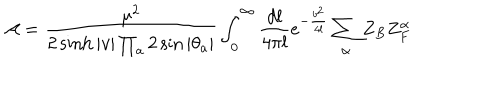
LaTeX: { \cal A } = \frac { \mu ^ { 2 } } { 2 \sinh | v | \prod _ { a } 2 \sin | \theta _ { a } | } \int _ { 0 } ^ { \infty } \frac { d l } { 4 \pi l } e ^ { - \frac { b ^ { 2 } } { 4 l } } \sum _ { \alpha } Z _ { B } Z _ { F } ^ { \alpha }